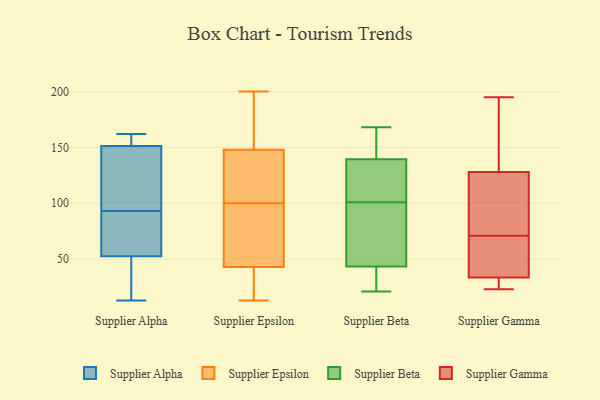
{"axis": {"x": "Customer Acquisition Cost (USD)", "y": "Value"}, "legend": ["Supplier Alpha", "Supplier Beta", "Supplier Epsilon", "Supplier Gamma"], "data": [{"x": "", "y": 84, "type": "Supplier Alpha"}, {"x": "", "y": 125, "type": "Supplier Alpha"}, {"x": "", "y": 31, "type": "Supplier Alpha"}, {"x": "", "y": 20, "type": "Supplier Alpha"}, {"x": "", "y": 13, "type": "Supplier Alpha"}, {"x": "", "y": 93, "type": "Supplier Alpha"}, {"x": "", "y": 162, "type": "Supplier Alpha"}, {"x": "", "y": 88, "type": "Supplier Alpha"}, {"x": "", "y": 157, "type": "Supplier Alpha"}, {"x": "", "y": 95, "type": "Supplier Alpha"}, {"x": "", "y": 156, "type": "Supplier Alpha"}, {"x": "", "y": 89, "type": "Supplier Alpha"}, {"x": "", "y": 137, "type": "Supplier Alpha"}, {"x": "", "y": 156, "type": "Supplier Alpha"}, {"x": "", "y": 42, "type": "Supplier Alpha"}, {"x": "", "y": 19, "type": "Supplier Epsilon"}, {"x": "", "y": 83, "type": "Supplier Epsilon"}, {"x": "", "y": 110, "type": "Supplier Epsilon"}, {"x": "", "y": 200, "type": "Supplier Epsilon"}, {"x": "", "y": 16, "type": "Supplier Epsilon"}, {"x": "", "y": 171, "type": "Supplier Epsilon"}, {"x": "", "y": 139, "type": "Supplier Epsilon"}, {"x": "", "y": 19, "type": "Supplier Epsilon"}, {"x": "", "y": 82, "type": "Supplier Epsilon"}, {"x": "", "y": 172, "type": "Supplier Epsilon"}, {"x": "", "y": 104, "type": "Supplier Epsilon"}, {"x": "", "y": 13, "type": "Supplier Epsilon"}, {"x": "", "y": 96, "type": "Supplier Epsilon"}, {"x": "", "y": 180, "type": "Supplier Epsilon"}, {"x": "", "y": 157, "type": "Supplier Epsilon"}, {"x": "", "y": 32, "type": "Supplier Epsilon"}, {"x": "", "y": 123, "type": "Supplier Epsilon"}, {"x": "", "y": 54, "type": "Supplier Epsilon"}, {"x": "", "y": 114, "type": "Supplier Epsilon"}, {"x": "", "y": 64, "type": "Supplier Epsilon"}, {"x": "", "y": 37, "type": "Supplier Beta"}, {"x": "", "y": 145, "type": "Supplier Beta"}, {"x": "", "y": 62, "type": "Supplier Beta"}, {"x": "", "y": 143, "type": "Supplier Beta"}, {"x": "", "y": 30, "type": "Supplier Beta"}, {"x": "", "y": 112, "type": "Supplier Beta"}, {"x": "", "y": 27, "type": "Supplier Beta"}, {"x": "", "y": 129, "type": "Supplier Beta"}, {"x": "", "y": 168, "type": "Supplier Beta"}, {"x": "", "y": 74, "type": "Supplier Beta"}, {"x": "", "y": 78, "type": "Supplier Beta"}, {"x": "", "y": 101, "type": "Supplier Beta"}, {"x": "", "y": 117, "type": "Supplier Beta"}, {"x": "", "y": 161, "type": "Supplier Beta"}, {"x": "", "y": 21, "type": "Supplier Beta"}, {"x": "", "y": 49, "type": "Supplier Gamma"}, {"x": "", "y": 23, "type": "Supplier Gamma"}, {"x": "", "y": 31, "type": "Supplier Gamma"}, {"x": "", "y": 95, "type": "Supplier Gamma"}, {"x": "", "y": 119, "type": "Supplier Gamma"}, {"x": "", "y": 57, "type": "Supplier Gamma"}, {"x": "", "y": 32, "type": "Supplier Gamma"}, {"x": "", "y": 78, "type": "Supplier Gamma"}, {"x": "", "y": 25, "type": "Supplier Gamma"}, {"x": "", "y": 71, "type": "Supplier Gamma"}, {"x": "", "y": 195, "type": "Supplier Gamma"}, {"x": "", "y": 128, "type": "Supplier Gamma"}, {"x": "", "y": 128, "type": "Supplier Gamma"}, {"x": "", "y": 34, "type": "Supplier Gamma"}, {"x": "", "y": 129, "type": "Supplier Gamma"}, {"x": "", "y": 50, "type": "Supplier Gamma"}, {"x": "", "y": 162, "type": "Supplier Gamma"}]}